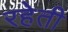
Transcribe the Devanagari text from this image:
रहेती